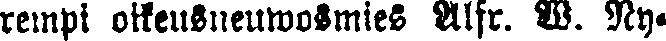
rempi oikeusneuwosmies Alfr. W Ny-